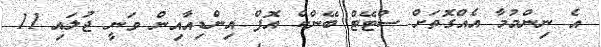
އެ ނިންމުމާ އެއްގޮތަށް ސްޓޭޓް ބޭންކް އޮފް އިންޑިއާއިން ވަނީ ޖުލައި 11